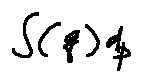
\int ( q ) d p